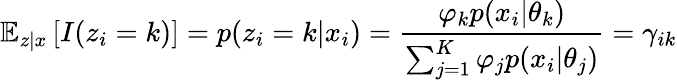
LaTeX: \mathbb{E}_{z|x}\left[I(z_{i}=k)\right]=p(z_{i}=k|x_{i})=\frac{\varphi_{k}p(x_{i}|\theta_{k})}{\sum_{j=1}^{K}\varphi_{j}p(x_{i}|\theta_{j})}=\gamma_{ik}